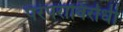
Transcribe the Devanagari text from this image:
परंपराविरोधी